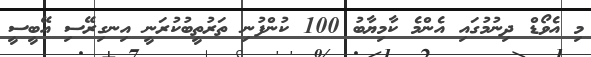
މި އެވޯޑް ދިނުމުގައި އެންމެ ކާމިޔާބު 100 ކުންފުނި ތަރުތީބުކުރަނީ އިނގިރޭސި އޭބީސީ